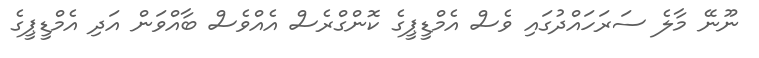
ނޫނޭ މާލެ ސަރަހައްދުގައި ވެސް އެމްޑީޕީގެ ކޮންގްރެސް އެއްވެސް ބާއްވަން އަދި އެމްޑީޕީގެ